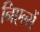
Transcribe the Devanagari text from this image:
निएल्सें